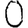
Digit: 0